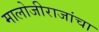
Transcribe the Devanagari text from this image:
मालोजीराजांचा